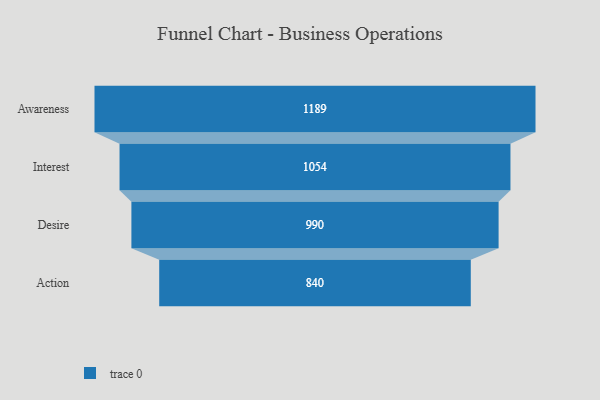
{"axis": {"x": "Stage", "y": "Value"}, "legend": [""], "data": [{"x": "Awareness", "y": 1189.0, "type": ""}, {"x": "Interest", "y": 1054.0, "type": ""}, {"x": "Desire", "y": 990.0, "type": ""}, {"x": "Action", "y": 840.0, "type": ""}]}